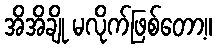
အိအိချို မလိုက်ဖြစ်တော့။